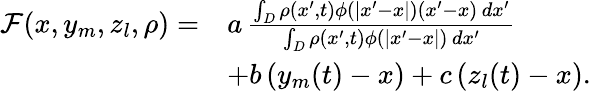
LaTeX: \begin{array}{rl}{\mathcal F(x,y_{m},z_{l},\rho)=}&{a\, \frac{\int_{D}\rho(x^{\prime},t)\phi(|x^{\prime}-x|)(x^{\prime}-x)\, dx^{\prime}}{\int_{D}\rho(x^{\prime},t)\phi(|x^{\prime}-x|)\, dx^{\prime}}}\\ &{+b\, (y_{m}(t)-x)+c\, (z_{l}(t)-x).}\end{array}